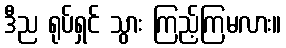
ဒီည ရုပ်ရှင် သွား ကြည့်ကြမလား။